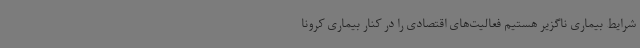
شرایط بیماری ناگزیر هستیم فعالیت‌های اقتصادی را در کنار بیماری کرونا